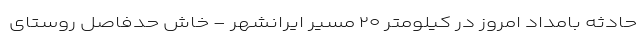
حادثه بامداد امروز در کیلومتر ۲۰ مسیر ایرانشهر - خاش حدفاصل روستای